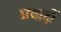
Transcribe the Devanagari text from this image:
प्रवादों